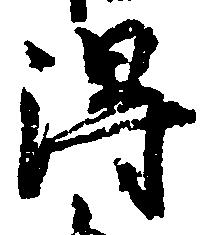
得